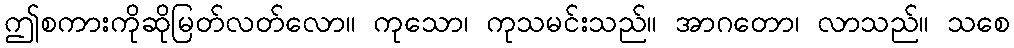
ဤစကားကိုဆိုမြတ်လတ်လော။ ကုသော၊ ကုသမင်းသည်။ အာဂတော၊ လာသည်။ သစေ